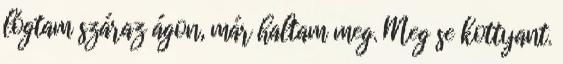
lógtam száraz ágon, már haltam meg. Meg se kottyant.